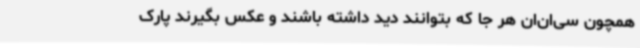
همچون سی‌ان‌ان هر جا که بتوانند دید داشته باشند و عکس بگیرند پارک